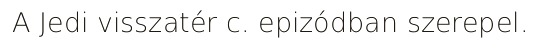
A Jedi visszatér c. epizódban szerepel.